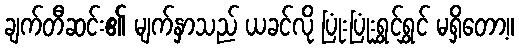
ချက်တီဆင်း၏ မျက်နှာသည် ယခင်လို ပြုံးပြုံးရွှင်ရွှင် မရှိတော့။